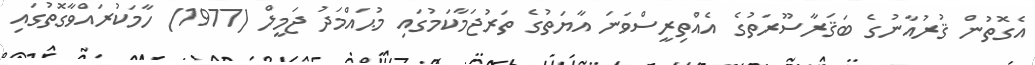
އެގޮތުން ޤުރުއާނުގެ ބަޤަރާސޫރަތުގެ އެއްތިރީސްވަނަ އާޔަތުގެ ތަރުޖަމާކަމުގައި މުޙައްމަދު ޖަމީލް (1977) ހާމަކުރައްވާގޮތުގައި